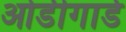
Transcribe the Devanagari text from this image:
ओडीगार्ड